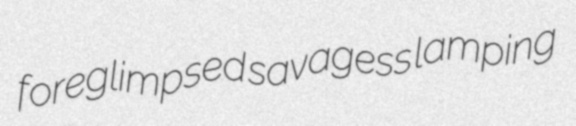
foreglimpsed savagess lamping